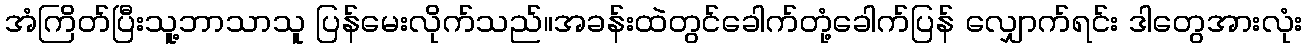
အံကြိတ်ပြီးသူ့ဘာသာသူ ပြန်မေးလိုက်သည်။အခန်းထဲတွင်ခေါက်တုံ့ခေါက်ပြန် လျှောက်ရင်း ဒါတွေအားလုံး